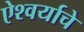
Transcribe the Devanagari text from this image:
ऐश्वर्याचे